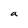
Character: a